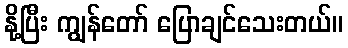
နို့ပြီး ကျွန်တော် ပြောချင်သေးတယ်။